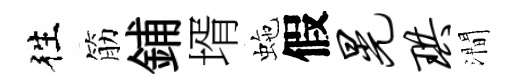
徃筋鋪壻虵假晃珙澗